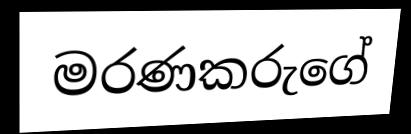
මරණකරුගේ